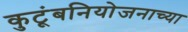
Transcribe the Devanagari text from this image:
कुटूंबनियोजनाच्या